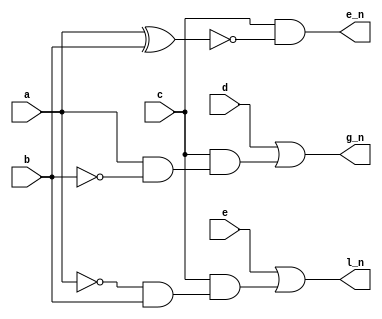
module one_bit_comparator(a, b, c, d, e, e_n, g_n, l_n);

    input a;
    input b;
    input c;
    input d;
    input e;

    output wire e_n;
    output wire g_n;
    output wire l_n;

    assign g_n = d | (c & (a & (~b)));
    assign e_n= c & ~(a^b);
    assign l_n = e | (c & ((~a) & b)); 

endmodule